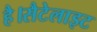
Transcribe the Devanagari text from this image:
है।सैटेलाइट